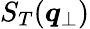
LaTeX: S_{T}({\boldsymbol{q}}_{\perp})